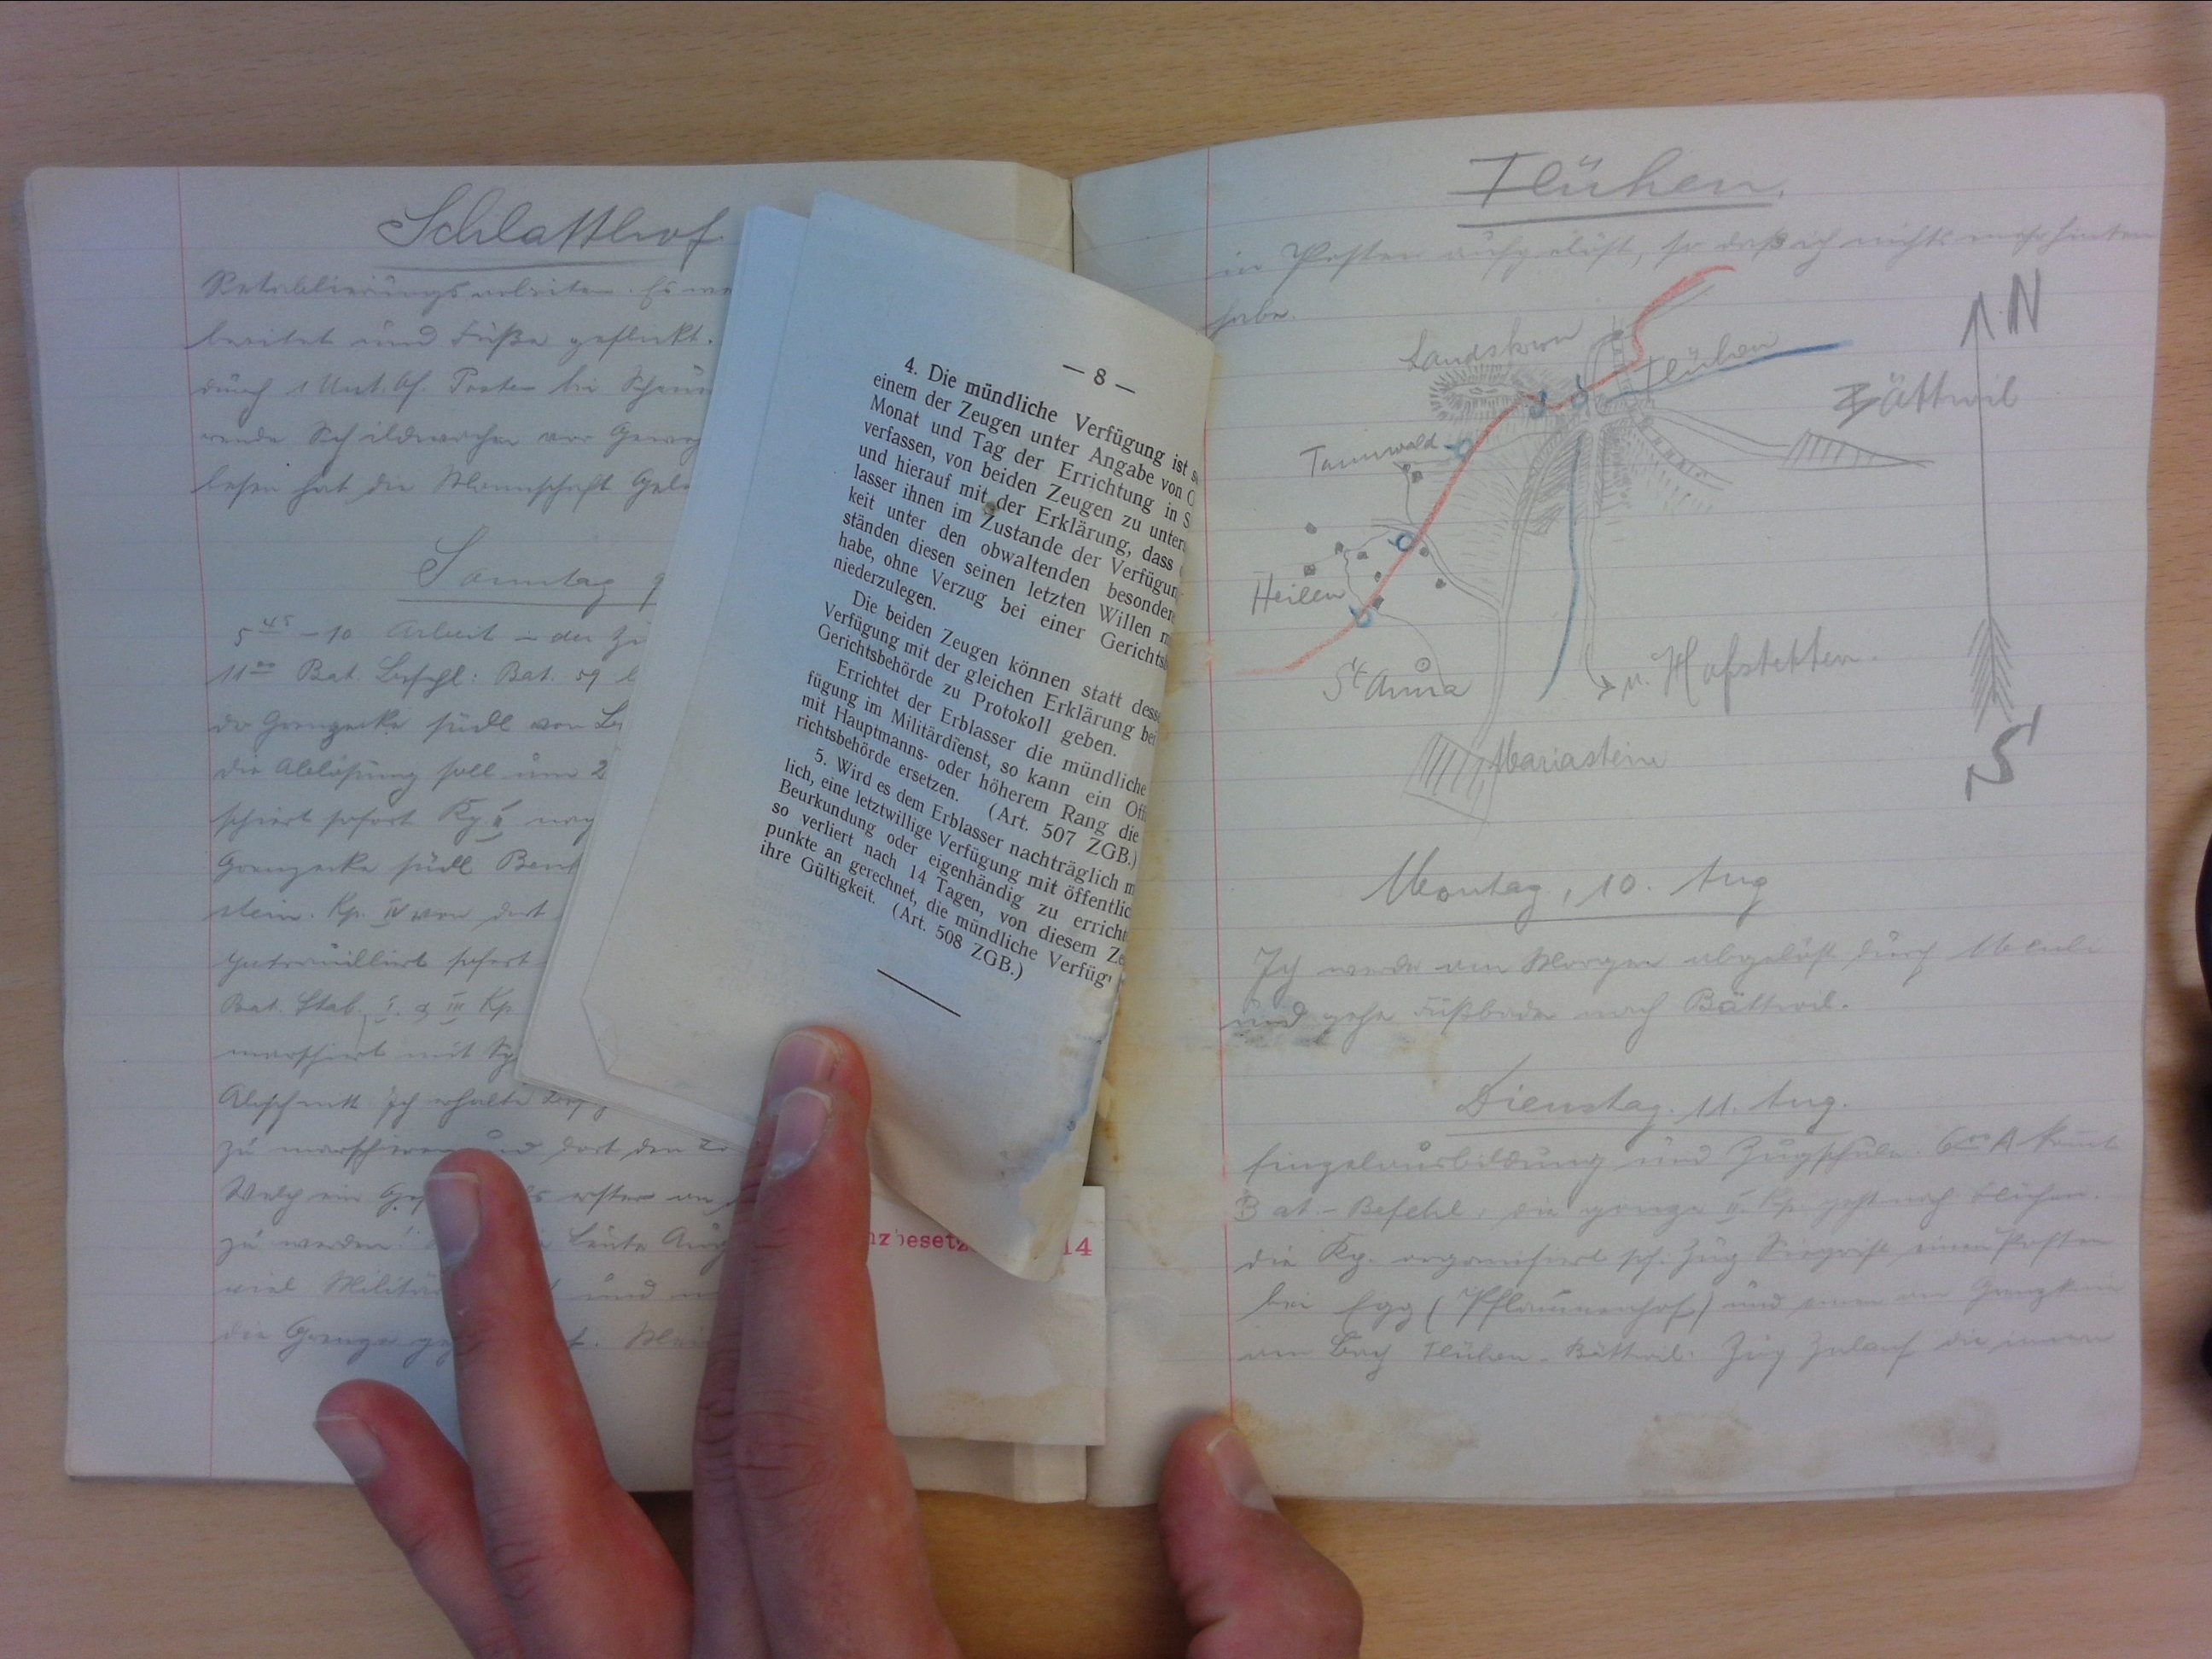
Flühen
in Posten aufgelöst, so dass ich nichts mehr hinten
habe.
Montag, 10. Aug.
Ich werde am Morgen abgelöst durch Meuli
und gehe Fussbaden nach Bättwil.
Dienstag, 11. Aug.
Einzelausbildung und Zugschule. 600 A kommt
Bat-Befehl: die ganze II. Kp. geht nach Flühen.
Die Kp. organisiert sich. Zug Siegrist einen Posten
bei Egg (Pflaumenhof) und vorn am Grenzstein
im Burg Flühen-Bättwil. Zug Zulauf die immer